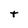
Character: t